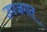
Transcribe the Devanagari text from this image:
उपजगत्